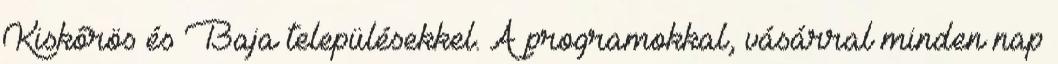
Kiskőrös és Baja településekkel. A programokkal, vásárral minden nap